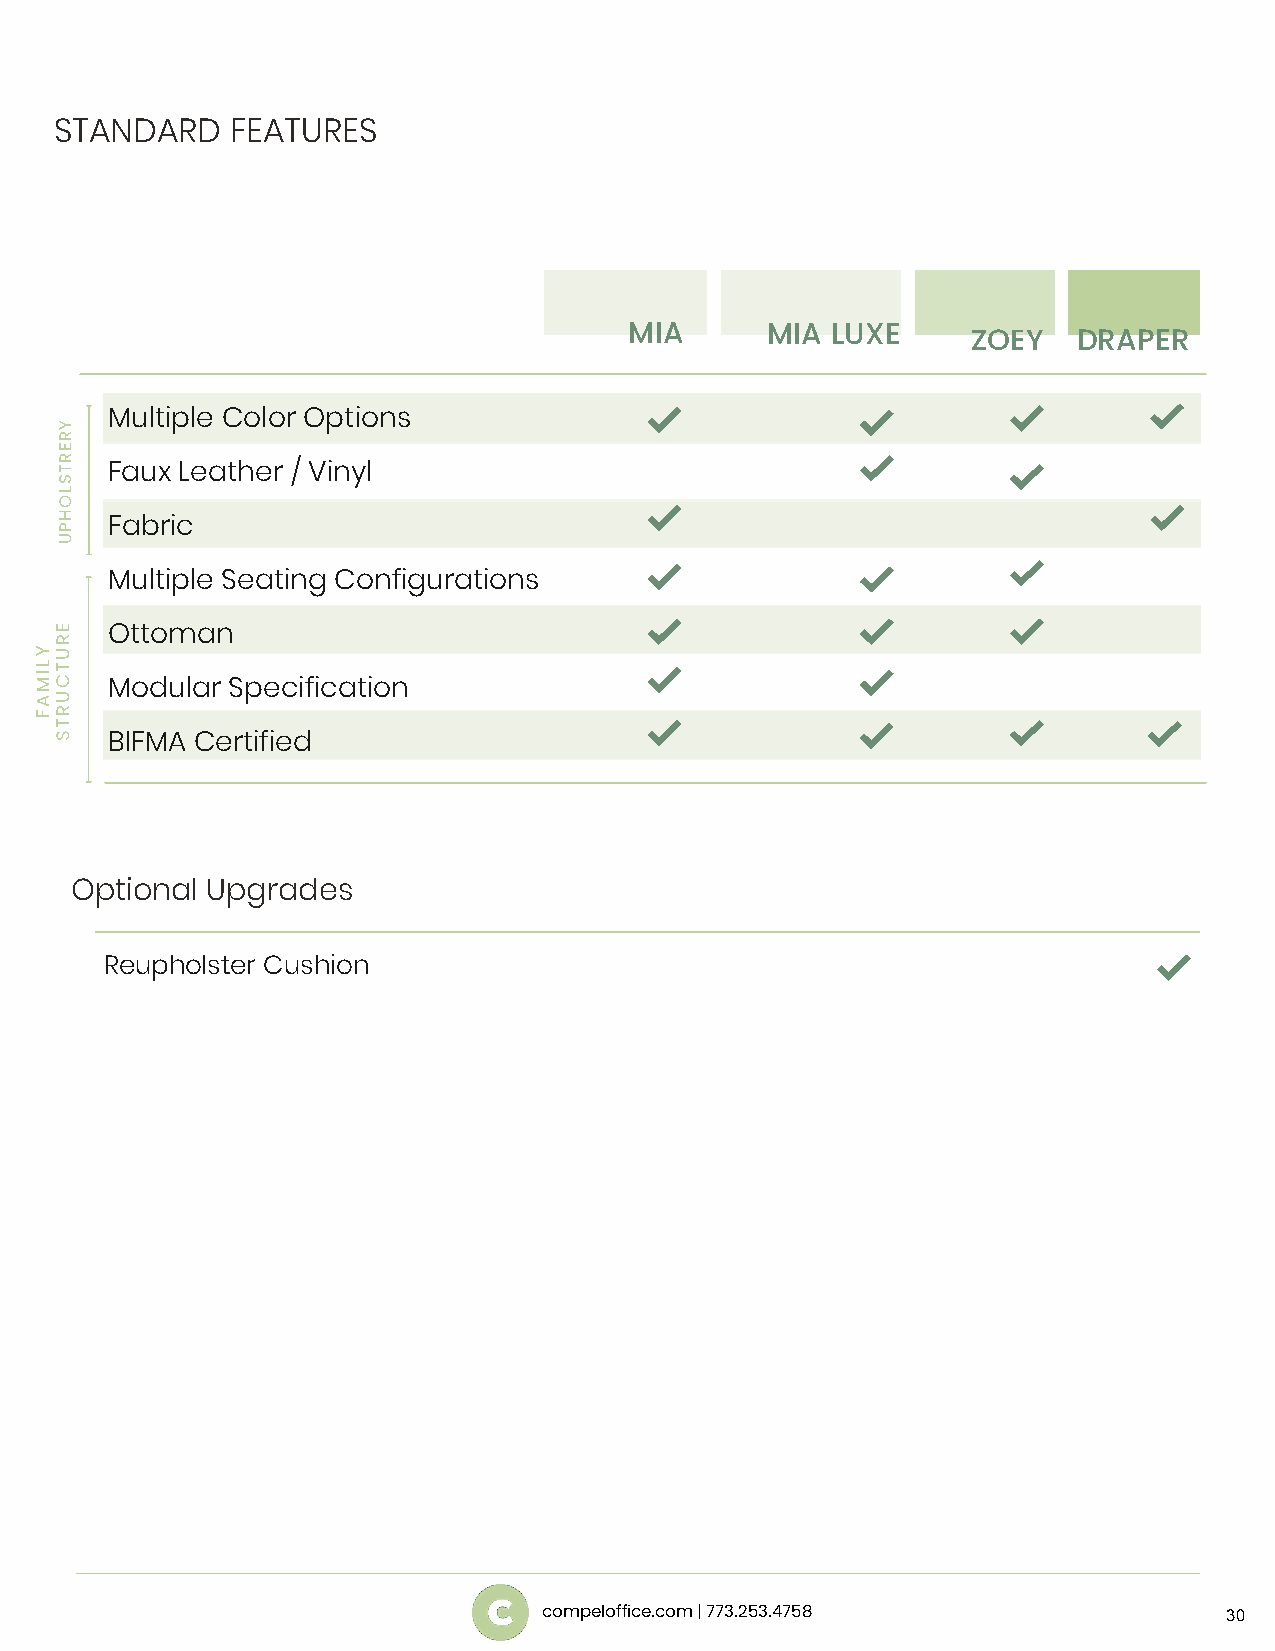
STANDARD   FEATURES
 MIA      MIA LUXE     ZOEY   DRAPER
 Multiple Color Options
 Faux Leather / Vinyl
 Fabric
 Multiple Seating Configurations
 Ottoman
 Modular Specification
 BIFMA Certified
 Optional Upgrades
 Reupholster Cushion
 compeloffice.com | 773.253.4758              30
 YLIMAF
 YRERTSLOHPU
 ERUTCURTS